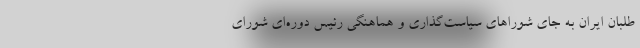
طلبان ایران به جای شوراهای سیاست‌گذاری و هماهنگی رئیس دوره‌ای شورای